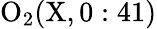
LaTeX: \mathrm{O_{2}(X,0:41)}